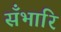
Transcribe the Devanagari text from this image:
सँभारि